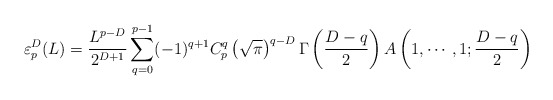
\begin{align*}\varepsilon_p^D(L)=\frac{L^{p-D}}{2^{D+1}}\sum^{p-1}_{q=0}(-1)^{q+1}C_p^q\left(\sqrt{\pi}\right)^{q-D}\Gamma\left(\frac{D-q}{2}\right)A\left(1,\cdots,1;\frac{D-q}{2}\right)\end{align*}